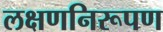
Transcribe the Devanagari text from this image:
लक्षणनिरूपण